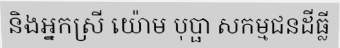
និងអ្នកស្រី យ៉ោម បុប្ផា សកម្មជនដីធ្លី